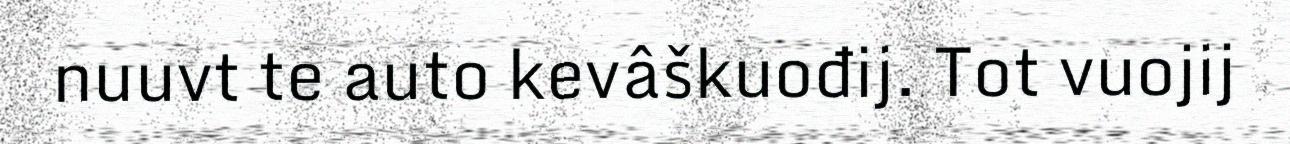
nuuvt te auto kevâškuođij. Tot vuojij